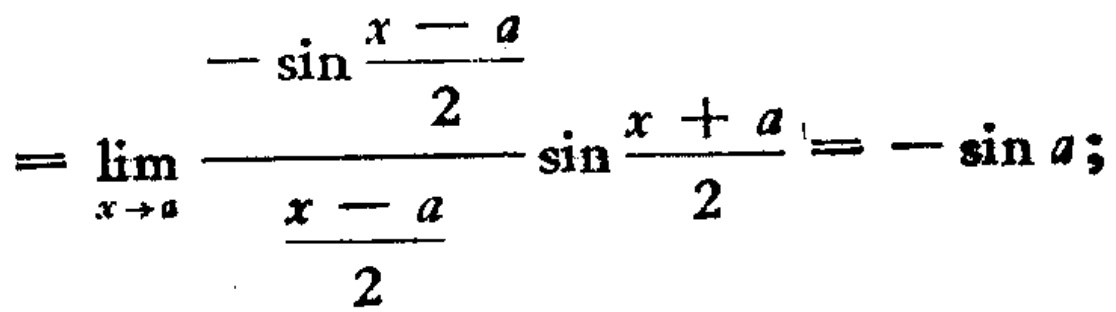
\[=\lim_{x \to a} \frac{-\sin\frac{x - a}{2}}{\frac{x - a}{2}}\sin\frac{x + a}{2}=-\sin a;\]